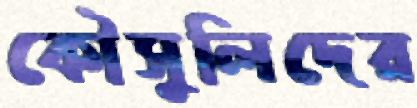
কৌসুলিদের